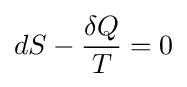
dS-{\frac {\delta Q}{T}}=0